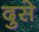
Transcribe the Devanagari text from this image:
दुसे